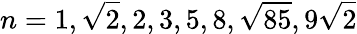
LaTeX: n=1,\sqrt{2},2,3,5,8,\sqrt{85},9\sqrt{2}